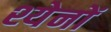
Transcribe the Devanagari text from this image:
श्येनों